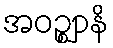
အဝဉ္ဈာနိ